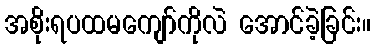
အစိုးရပထမကျော်ကိုလဲ အောင်ခဲ့ခြင်း။